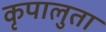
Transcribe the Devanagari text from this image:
कृपालुता